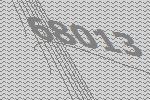
68013